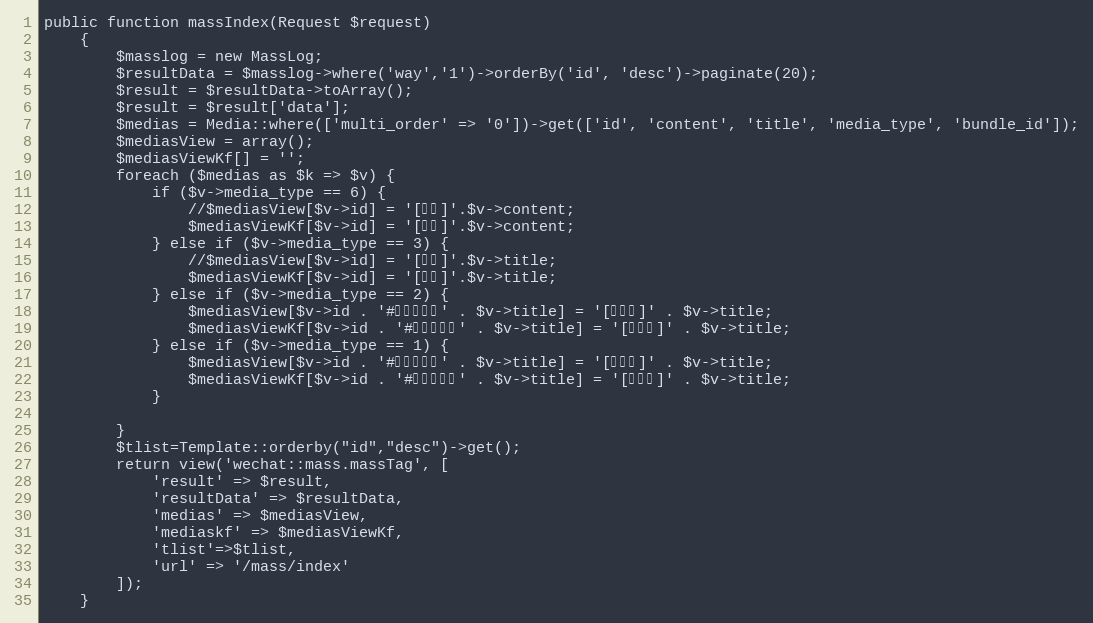
Language: PHP
public function massIndex(Request $request)
    {
        $masslog = new MassLog;
        $resultData = $masslog->where('way','1')->orderBy('id', 'desc')->paginate(20);
        $result = $resultData->toArray();
        $result = $result['data'];
        $medias = Media::where(['multi_order' => '0'])->get(['id', 'content', 'title', 'media_type', 'bundle_id']);
        $mediasView = array();
        $mediasViewKf[] = '';
        foreach ($medias as $k => $v) {
            if ($v->media_type == 6) {
                //$mediasView[$v->id] = '[文本]'.$v->content;
                $mediasViewKf[$v->id] = '[文本]'.$v->content;
            } else if ($v->media_type == 3) {
                //$mediasView[$v->id] = '[图片]'.$v->title;
                $mediasViewKf[$v->id] = '[图片]'.$v->title;
            } else if ($v->media_type == 2) {
                $mediasView[$v->id . '#【多图文】' . $v->title] = '[多图文]' . $v->title;
                $mediasViewKf[$v->id . '#【多图文】' . $v->title] = '[多图文]' . $v->title;
            } else if ($v->media_type == 1) {
                $mediasView[$v->id . '#【单图文】' . $v->title] = '[单图文]' . $v->title;
                $mediasViewKf[$v->id . '#【单图文】' . $v->title] = '[单图文]' . $v->title;
            }

        }
        $tlist=Template::orderby("id","desc")->get();
        return view('wechat::mass.massTag', [
            'result' => $result,
            'resultData' => $resultData,
            'medias' => $mediasView,
            'mediaskf' => $mediasViewKf,
            'tlist'=>$tlist,
            'url' => '/mass/index'
        ]);
    }